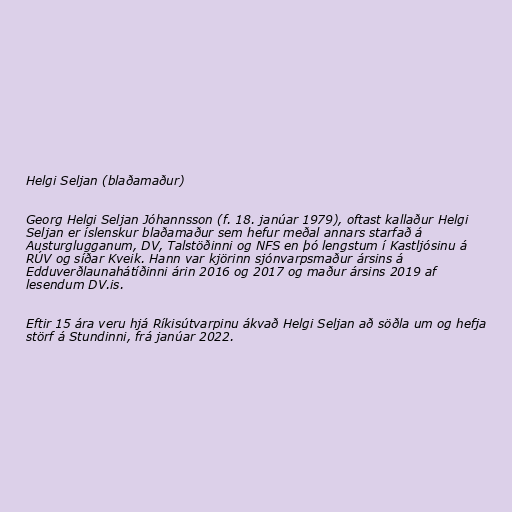
Helgi Seljan (blaðamaður)

Georg Helgi Seljan Jóhannsson (f. 18. janúar 1979), oftast kallaður Helgi
Seljan er íslenskur blaðamaður sem hefur meðal annars starfað á
Austurglugganum, DV, Talstöðinni og NFS en þó lengstum í Kastljósinu á
RÚV og síðar Kveik. Hann var kjörinn sjónvarpsmaður ársins á
Edduverðlaunahátíðinni árin 2016 og 2017 og maður ársins 2019 af
lesendum DV.is.

Eftir 15 ára veru hjá Ríkisútvarpinu ákvað Helgi Seljan að söðla um og hefja
störf á Stundinni, frá janúar 2022.